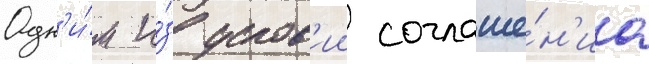
Одн'и́м и́з услов'ии соглаше́н'иа